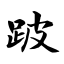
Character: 跛